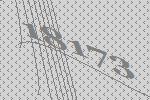
18173